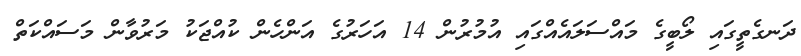
ދަނގެތީގައި ލޯބީގެ މައްސަލައެއްގައި އުމުރުން 14 އަހަރުގެ އަންހެން ކުއްޖަކު މަރުވާން މަސައްކަތް